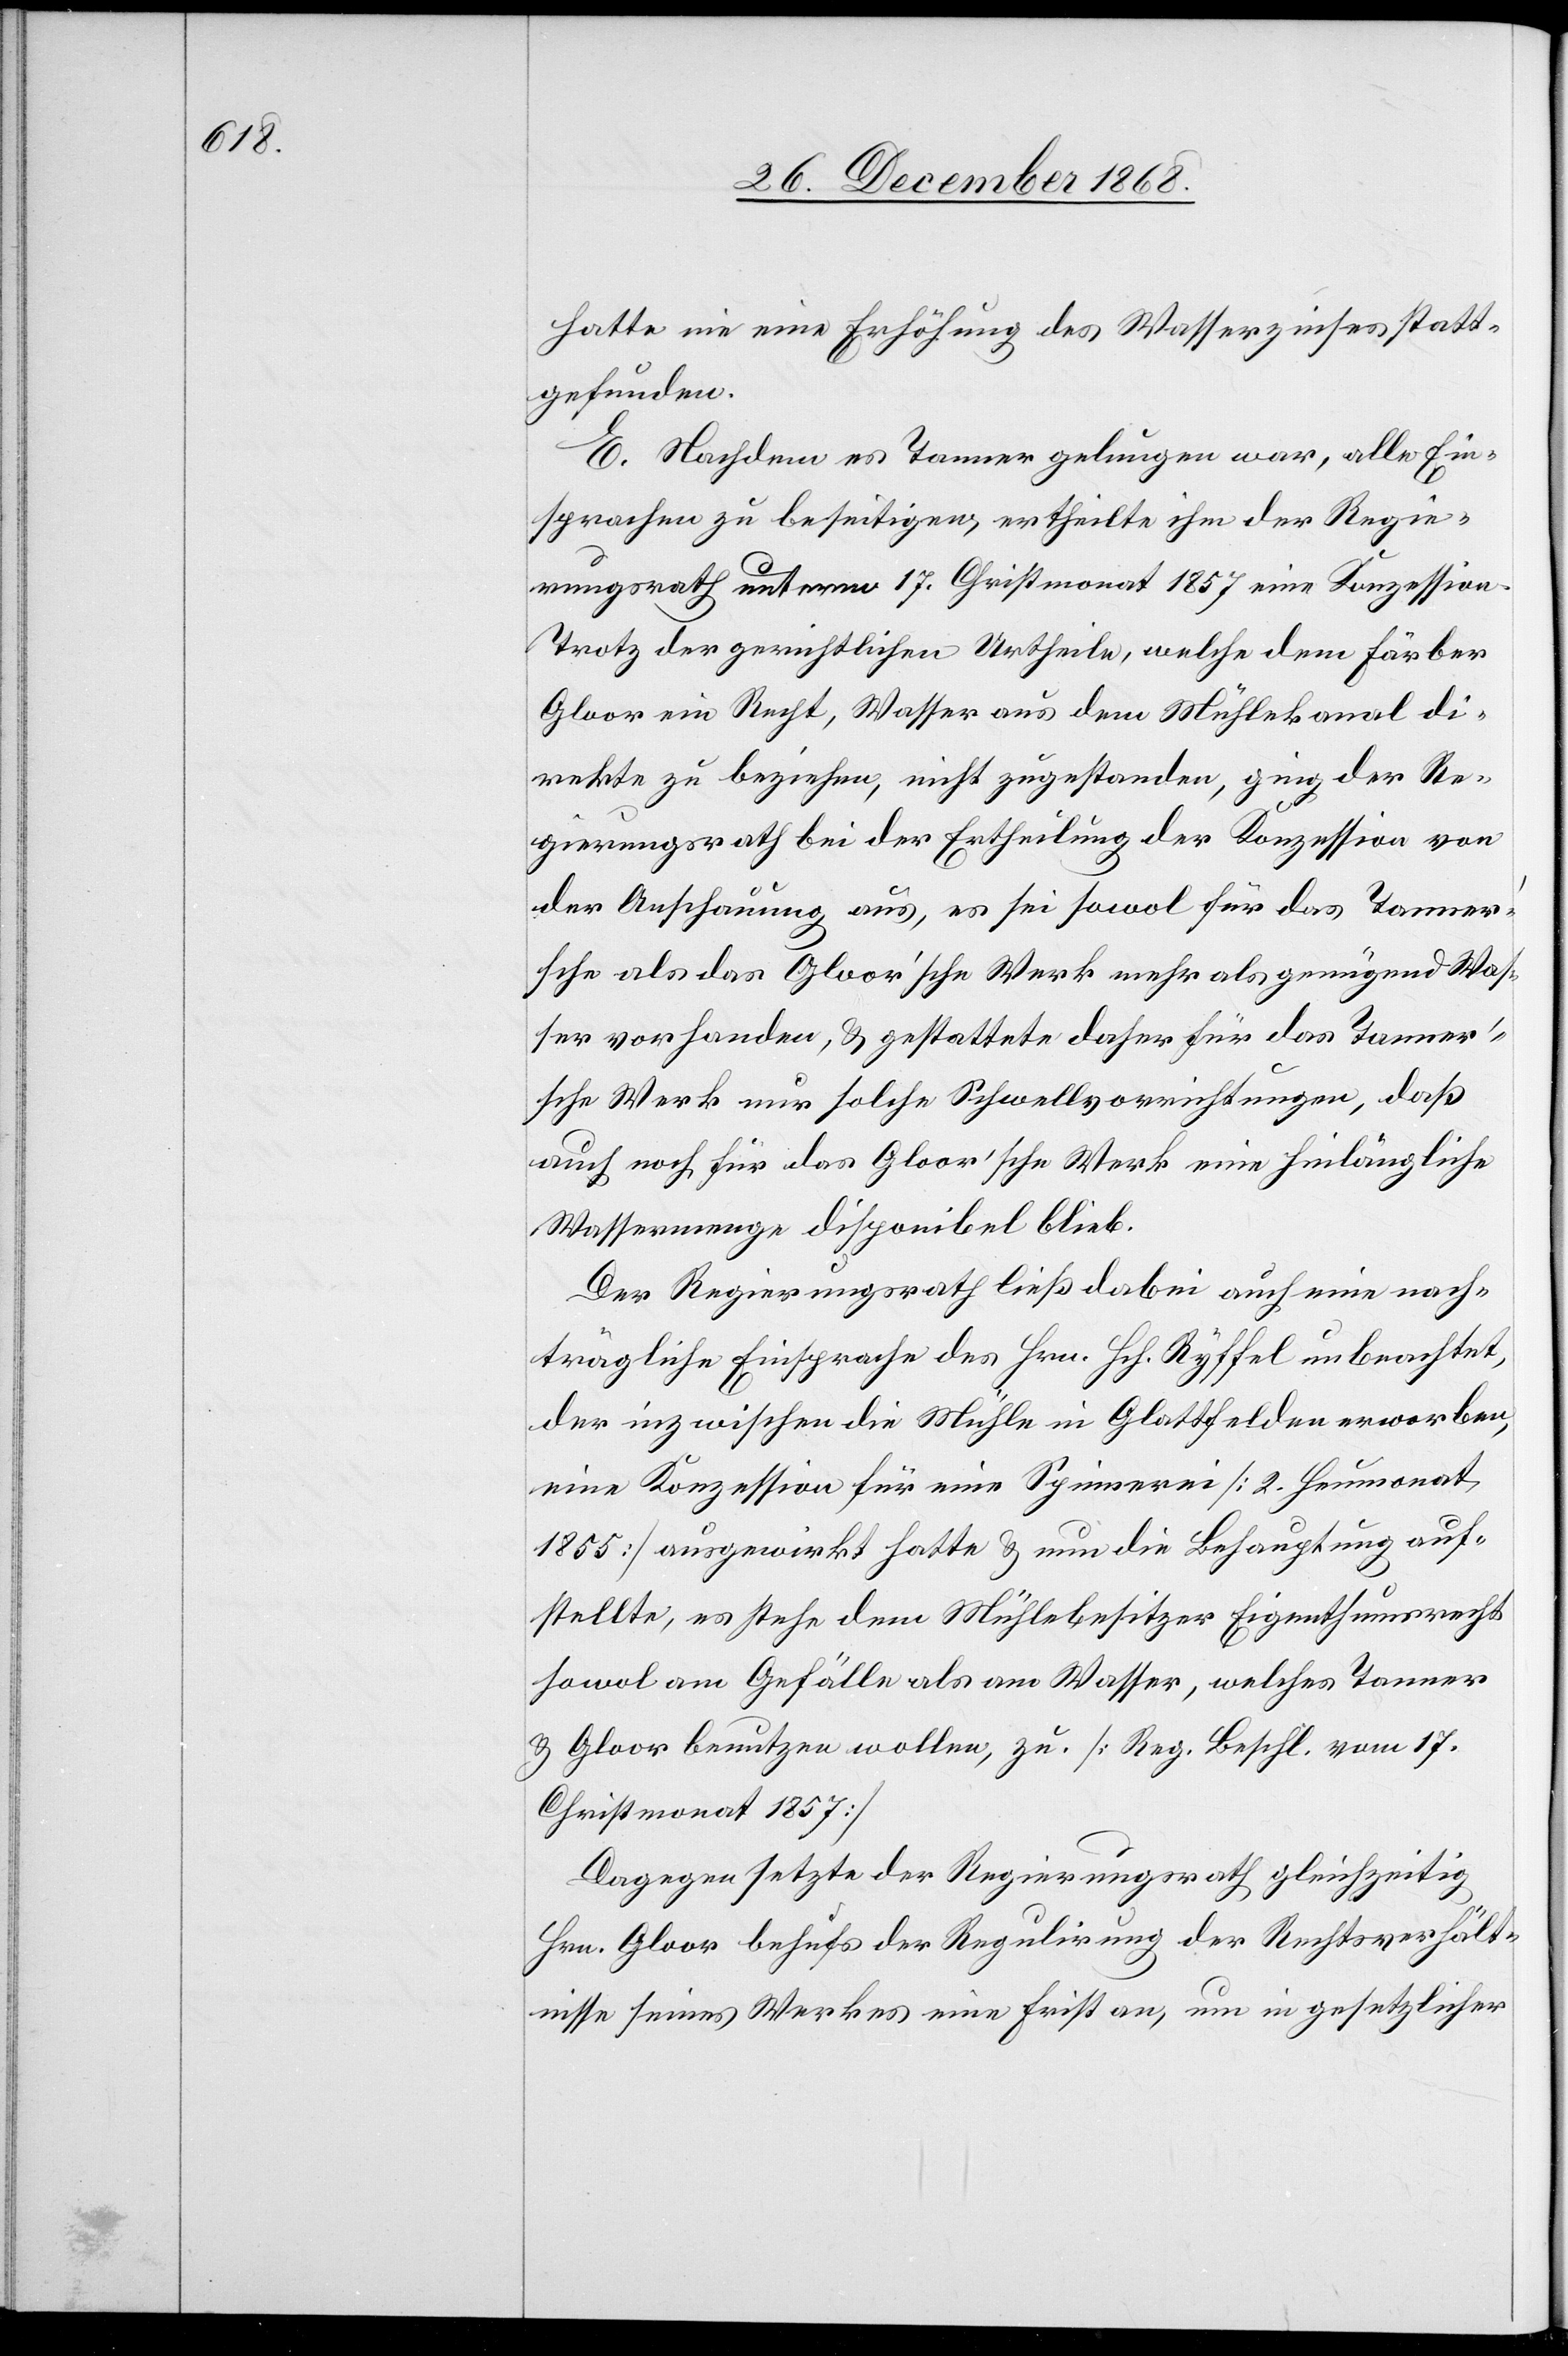
hatte nie eine Erhöhung des Wasserzinses statt¬
gefunden.
E. Nachdem es Tanner gelungen war, alle Ein¬
sprachen zu beseitigen, ertheilte ihm der Regie¬
rungsrath unterm 17. Christmonat 1857 eine Konzession.
Trotz der gerichtlichen Urtheile, welche dem Färber
Gloor ein Recht, Wasser aus dem Mühlekanal di¬
rekte zu beziehen, nicht zugestanden, ging der Re¬
gierungsrath bei der Ertheilung der Konzession von
der Anschauung aus, es sei sowol für das Tanner’s¬
che als das Gloor’sche Werk mehr als genügend Was¬
ser vorhanden, & gestattete daher für das Tanner’s¬
che Werk nur solche Schwellvorrichtungen, daß
auch noch für das Gloor’sche Werk eine hinlängliche
Wassermenge disponibel blieb.
Der Regierungsrath ließ dabei auch eine nach¬
trägliche Einsprache des Hrn. Hch. Ryffel unbeachtet,
der inzwischen die Mühle in Glattfelden erworben,
eine Konzession für eine Spinnerei [2. Heumonat
1855] ausgewirkt hatte & nun die Behauptung auf¬
stellte, es stehe dem Mühlebesitzer Eigenthumsrecht
sowol am Gefälle als am Wasser, welches Tanner
& Gloor benutzen wollen, zu [Reg. Beschl. vom 17.
Christmonat 1857]
Dagegen setzte der Regierungsrath gleichzeitig
Hrn. Gloor behufs der Regulirung der Rechtsverhält¬
nisse seines Werkes eine Frist an, um in gesetzlicher